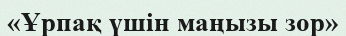
«Ұрпақ үшін маңызы зор»